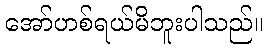
အော်ဟစ်ရယ်မိဘူးပါသည်။